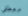
معطفي